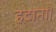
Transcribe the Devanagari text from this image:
हटाना।